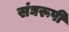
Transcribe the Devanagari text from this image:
संघरूपी